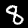
Label: 8